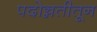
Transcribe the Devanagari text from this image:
पदोन्नतीतून